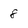
Character: 8